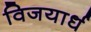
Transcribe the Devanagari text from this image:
विजयार्ध